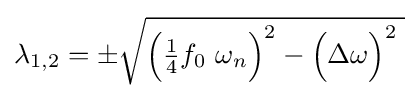
\lambda _{1,2}=\pm {\sqrt {{\Bigl (}{\tfrac {1}{4}}f_{0}\ \omega _{n}{\Bigr )}^{2}-{\Bigl (}\Delta \omega {\Bigr )}^{2}\;}}